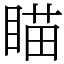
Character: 瞄